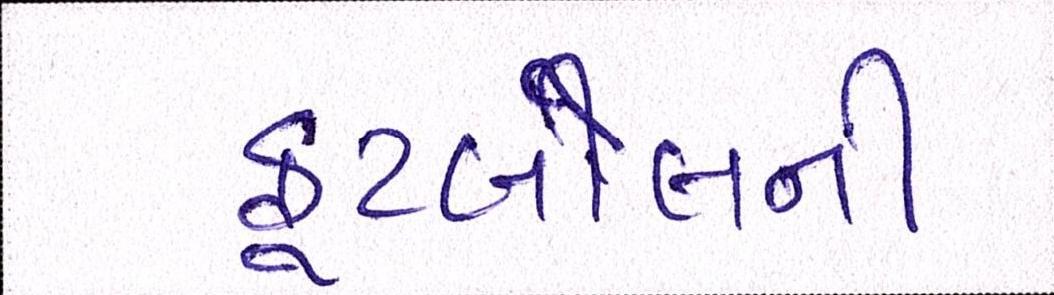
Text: ફૂટબોલની